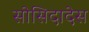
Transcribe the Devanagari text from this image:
सोसिदादेस